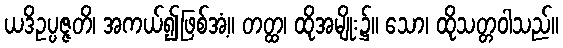
ယဒိဥပ္ပဇ္ဇတိ၊ အကယ်၍ဖြစ်အံ့။ တတ္ထ၊ ထိုအမျိုး၌။ သော၊ ထိုသတ္တဝါသည်။